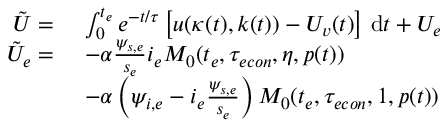
\begin{array} { r l } { \tilde { U } = } & { \ \int _ { 0 } ^ { t _ { e } } e ^ { - t / \tau } \left[ u ( \kappa ( t ) , k ( t ) ) - U _ { v } ( t ) \right] \, \mathrm { d } t + U _ { e } } \\ { \tilde { U } _ { e } = } & { \ - \alpha \frac { \psi _ { s , e } } { s _ { e } } i _ { e } M _ { 0 } ( t _ { e } , { \tau _ { e c o n } } , \eta , p ( t ) ) } \\ & { \ - \alpha \left( \psi _ { i , e } - i _ { e } \frac { \psi _ { s , e } } { s _ { e } } \right) M _ { 0 } ( t _ { e } , { \tau _ { e c o n } } , 1 , p ( t ) ) } \end{array}